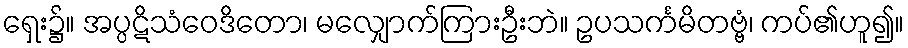
ရှေး၌။ အပ္ပဋိသံဝေဒိတော၊ မလျှောက်ကြားဦးဘဲ။ ဥပသင်္ကမိတဗ္ဗံ၊ ကပ်၏ဟူ၍။